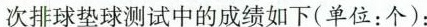
次排球垫球测试中的成绩如下(单位：个)：